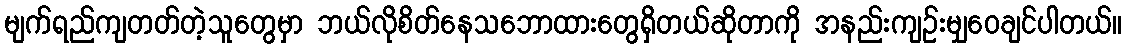
မျက်ရည်ကျတတ်တဲ့သူတွေမှာ ဘယ်လိုစိတ်နေသဘောထားတွေရှိတယ်ဆိုတာကို အနည်းကျဉ်းမျှဝေချင်ပါတယ်။